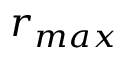
r _ { m a x }